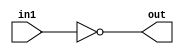
// Design a NOT  gate from NAND  gate level modelling in verilog
module not_from_nand (
    in1,out
);
    input in1;
    output out;
    nand(out,in1,in1);
    
endmodule


module test_not;
reg in1;
wire out;
not_from_nand i1(in1,out);

initial begin
$dumpfile("wave.vcd");
        $dumpvars(0, test_not);
    $monitor("input is %b output is %b ",in1,out);
    in1=0;#100;
    in1=1;#100;

    


end
endmodule